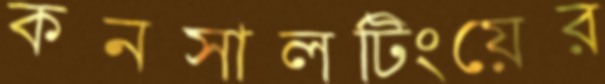
কনসালটিংয়ের